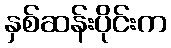
နှစ်ဆန်းပိုင်းက